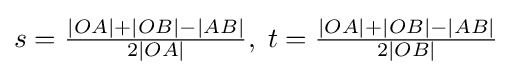
s={\tfrac {|OA|+|OB|-|AB|}{2|OA|}},\;t={\tfrac {|OA|+|OB|-|AB|}{2|OB|}}